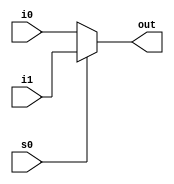
module mult2_to_1_32(out, i0,i1,s0);  // multiplexor for 
output [31:0] out;
input [31:0]i0,i1;
input s0;
assign out = s0 ? i1:i0;
endmodule